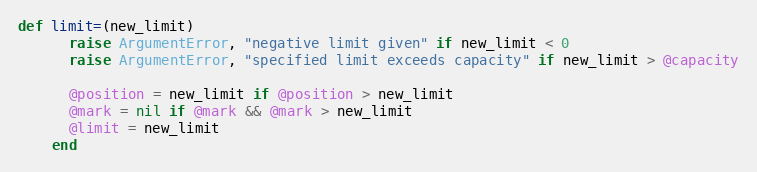
Language: Ruby
def limit=(new_limit)
      raise ArgumentError, "negative limit given" if new_limit < 0
      raise ArgumentError, "specified limit exceeds capacity" if new_limit > @capacity

      @position = new_limit if @position > new_limit
      @mark = nil if @mark && @mark > new_limit
      @limit = new_limit
    end